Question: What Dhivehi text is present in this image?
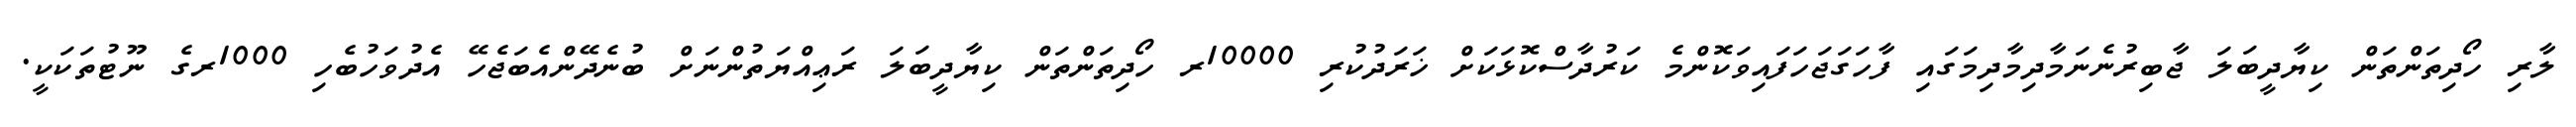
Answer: ލާރި ހޯދިތަންތަން ކިޔާދީބަލަ ޖާބިރުނެނަމާދިމާދިމަގައި ފާހަގަޖަހަފައިވަކޮންމެ ކަރުދާސްކޮޅަކަށް ޚަރަދުކުރި 10000ރ ހޯދިތަންތަން ކިޔާދީބަލަ ރަޢިއްޔަތުންނަށް ބުނެދޭންއެބަޖެހޭ އެދުވަހުބެހި 1000ރގެ ނޫޓުތަކަކީ.